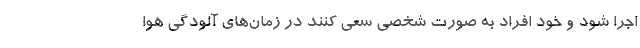
اجرا شود و خود افراد به صورت شخصی سعی کنند در زمان‌های آلودگی هوا